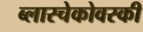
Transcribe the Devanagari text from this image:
ब्लास्चेकोवस्की